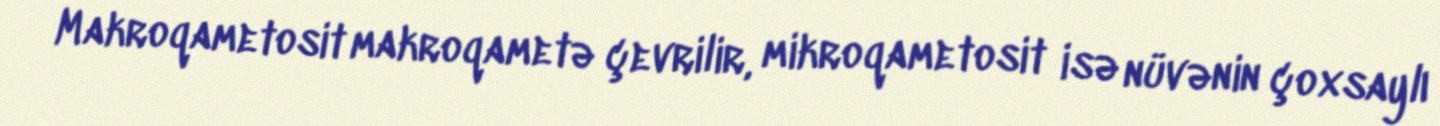
Makroqametosit makroqametə çevrilir, mikroqametosit isə nüvənin çoxsaylı